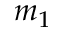
m _ { 1 }